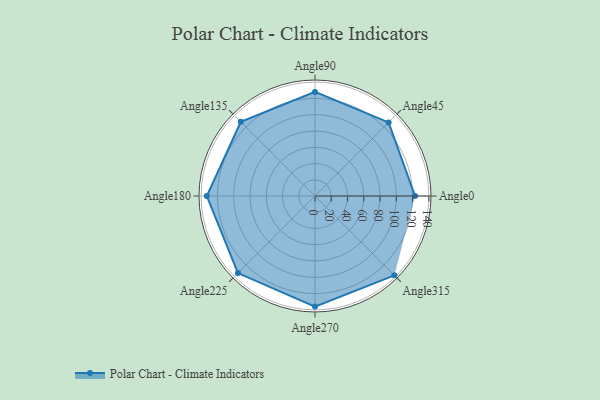
{"axis": {"x": "Angle", "y": "Radius"}, "legend": [""], "data": [{"x": "Angle0", "y": 123.0, "type": ""}, {"x": "Angle45", "y": 128.0, "type": ""}, {"x": "Angle90", "y": 128.0, "type": ""}, {"x": "Angle135", "y": 129.0, "type": ""}, {"x": "Angle180", "y": 133.0, "type": ""}, {"x": "Angle225", "y": 134.0, "type": ""}, {"x": "Angle270", "y": 136.0, "type": ""}, {"x": "Angle315", "y": 138.0, "type": ""}]}